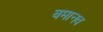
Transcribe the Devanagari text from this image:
बमानव